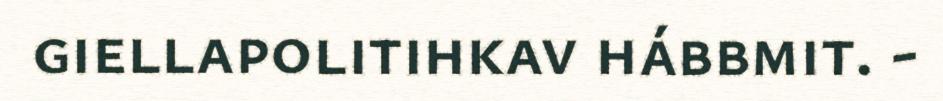
giellapolitihkav hábbmit. -